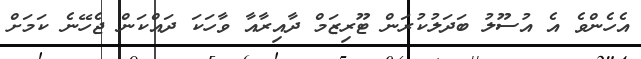
އެހެންވެ އެ އުސޫލު ބަދަލުކުރަން ޓޫރިޒަމް ދާއިރާއާ ވާހަކަ ދައްކަން ޖެހޭނެ ކަމަށް